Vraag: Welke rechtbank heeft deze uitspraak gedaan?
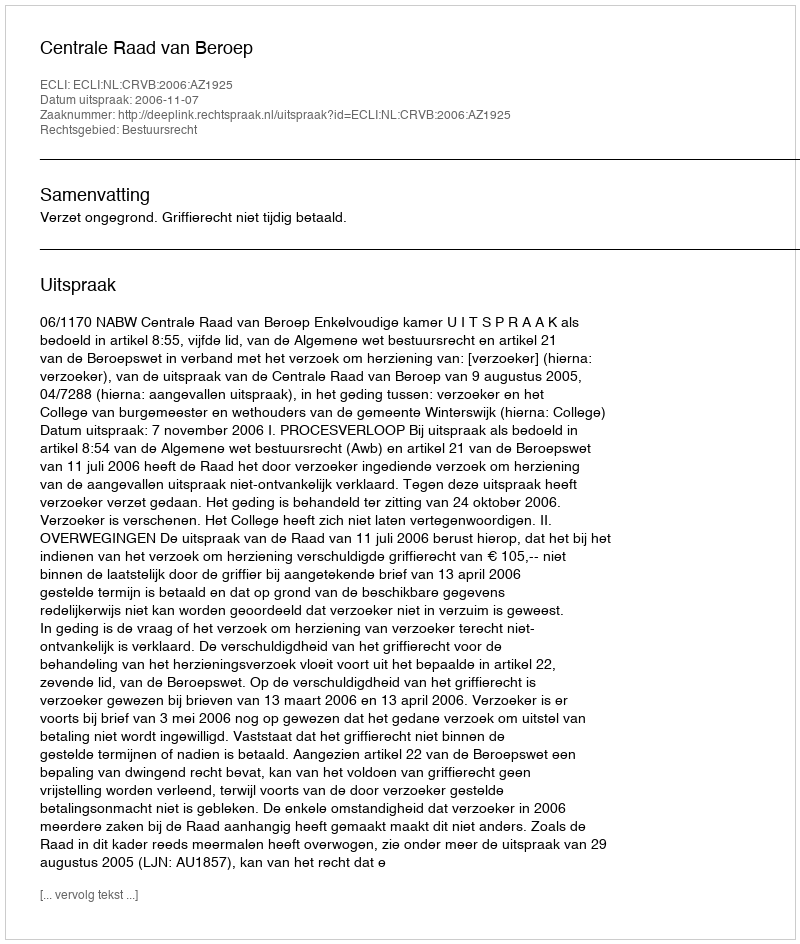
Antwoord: Centrale Raad van Beroep